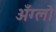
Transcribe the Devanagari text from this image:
अँग्लो